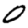
Digit: 0